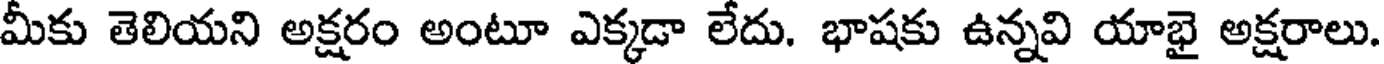
మీకు తెలియని అక్షరం అంటూ ఎక్కడా లేదు. భాషకు ఉన్నవి యాభై అక్షరాలు.